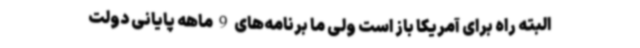
البته راه برای آمریکا باز است ولی ما برنامه‌های 9 ماهه پایانی دولت